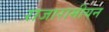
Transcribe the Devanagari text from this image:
राजारामीयन